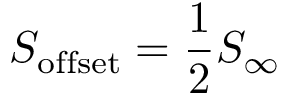
S _ { \mathrm { o f f s e t } } = \frac { 1 } { 2 } S _ { \infty }